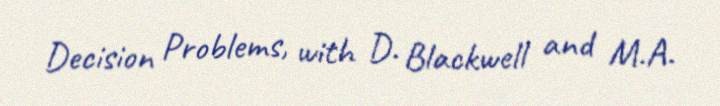
Decision Problems, with D. Blackwell and M.A.